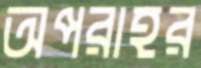
অপরাহর